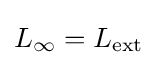
L_{\infty }=L_{\text{ext}}